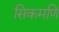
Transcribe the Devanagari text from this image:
सिकमणि